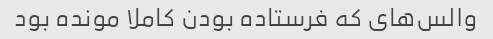
والس‌های که فرستاده بودن کاملا مونده بود